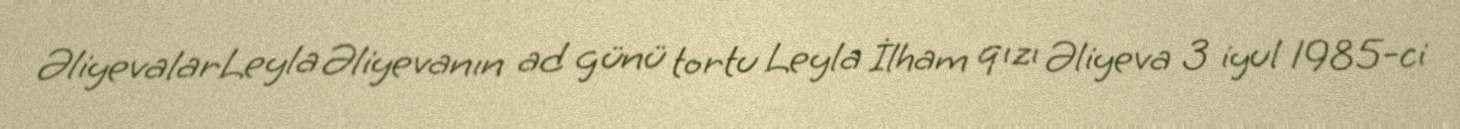
ƏliyevalarLeyla Əliyevanın ad günü tortu Leyla İlham qızı Əliyeva 3 iyul 1985-ci